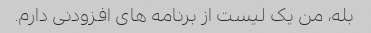
بله، من یک لیست از برنامه های افزودنی دارم.